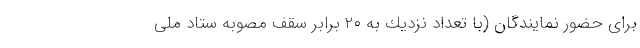
براى حضور نمايندگان (با تعداد نزديك به ٢٠ برابر سقف مصوبه ستاد ملى